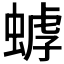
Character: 𧎍